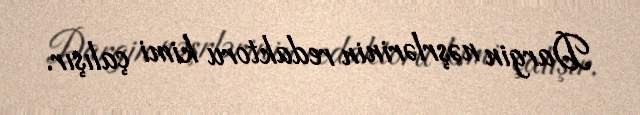
Dargin nəşrlərinin redaktoru kimi çalışır.